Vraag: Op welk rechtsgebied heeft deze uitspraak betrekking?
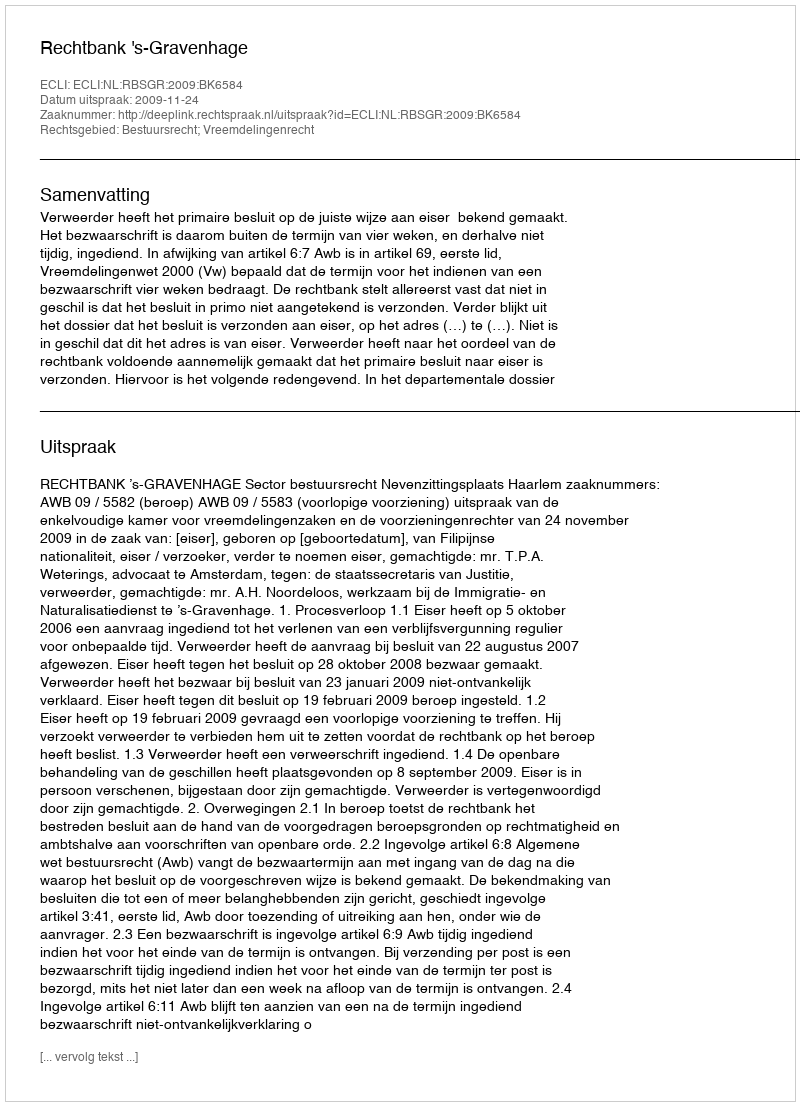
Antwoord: Bestuursrecht; Vreemdelingenrecht